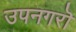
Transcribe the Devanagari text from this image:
उपनगरॊ